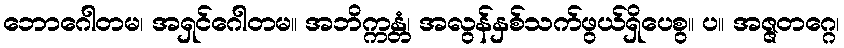
ဘောဂေါတမ၊ အရှင်ဂေါတမ။ အဘိက္ကန္တံ၊ အလွန်နှစ်သက်ဖွယ်ရှိပေစွ။ ပ။ အဇ္ဇတဂ္ဂေ၊